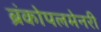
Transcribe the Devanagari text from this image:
ब्रंकोपलमेनरी